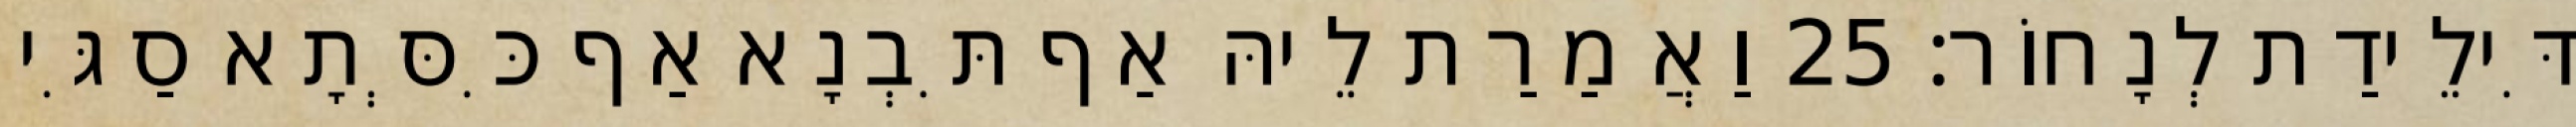
דִּילֵידַת לְנָחוֹר׃ 25 וַאֲמַרַת לֵיהּ אַף תִּבְנָא אַף כִּסְּתָא סַגִּי